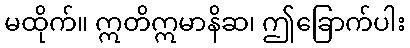
မထိုက်။ ဣတိဣမာနိဆ၊ ဤခြောက်ပါး